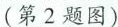
(第2题图)